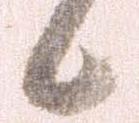
候